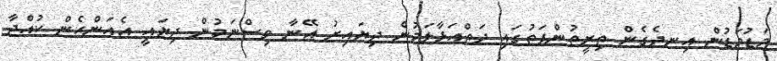
މަޑުމަޑުން އިނދެގެން ތިރީތުންފަތުގައި ދަތްއަޅާލަމުން ދިޔައިރު އޭނާ ވިސްނަމުން ދިޔައީ އެއަންހެން ކުއްޖާ